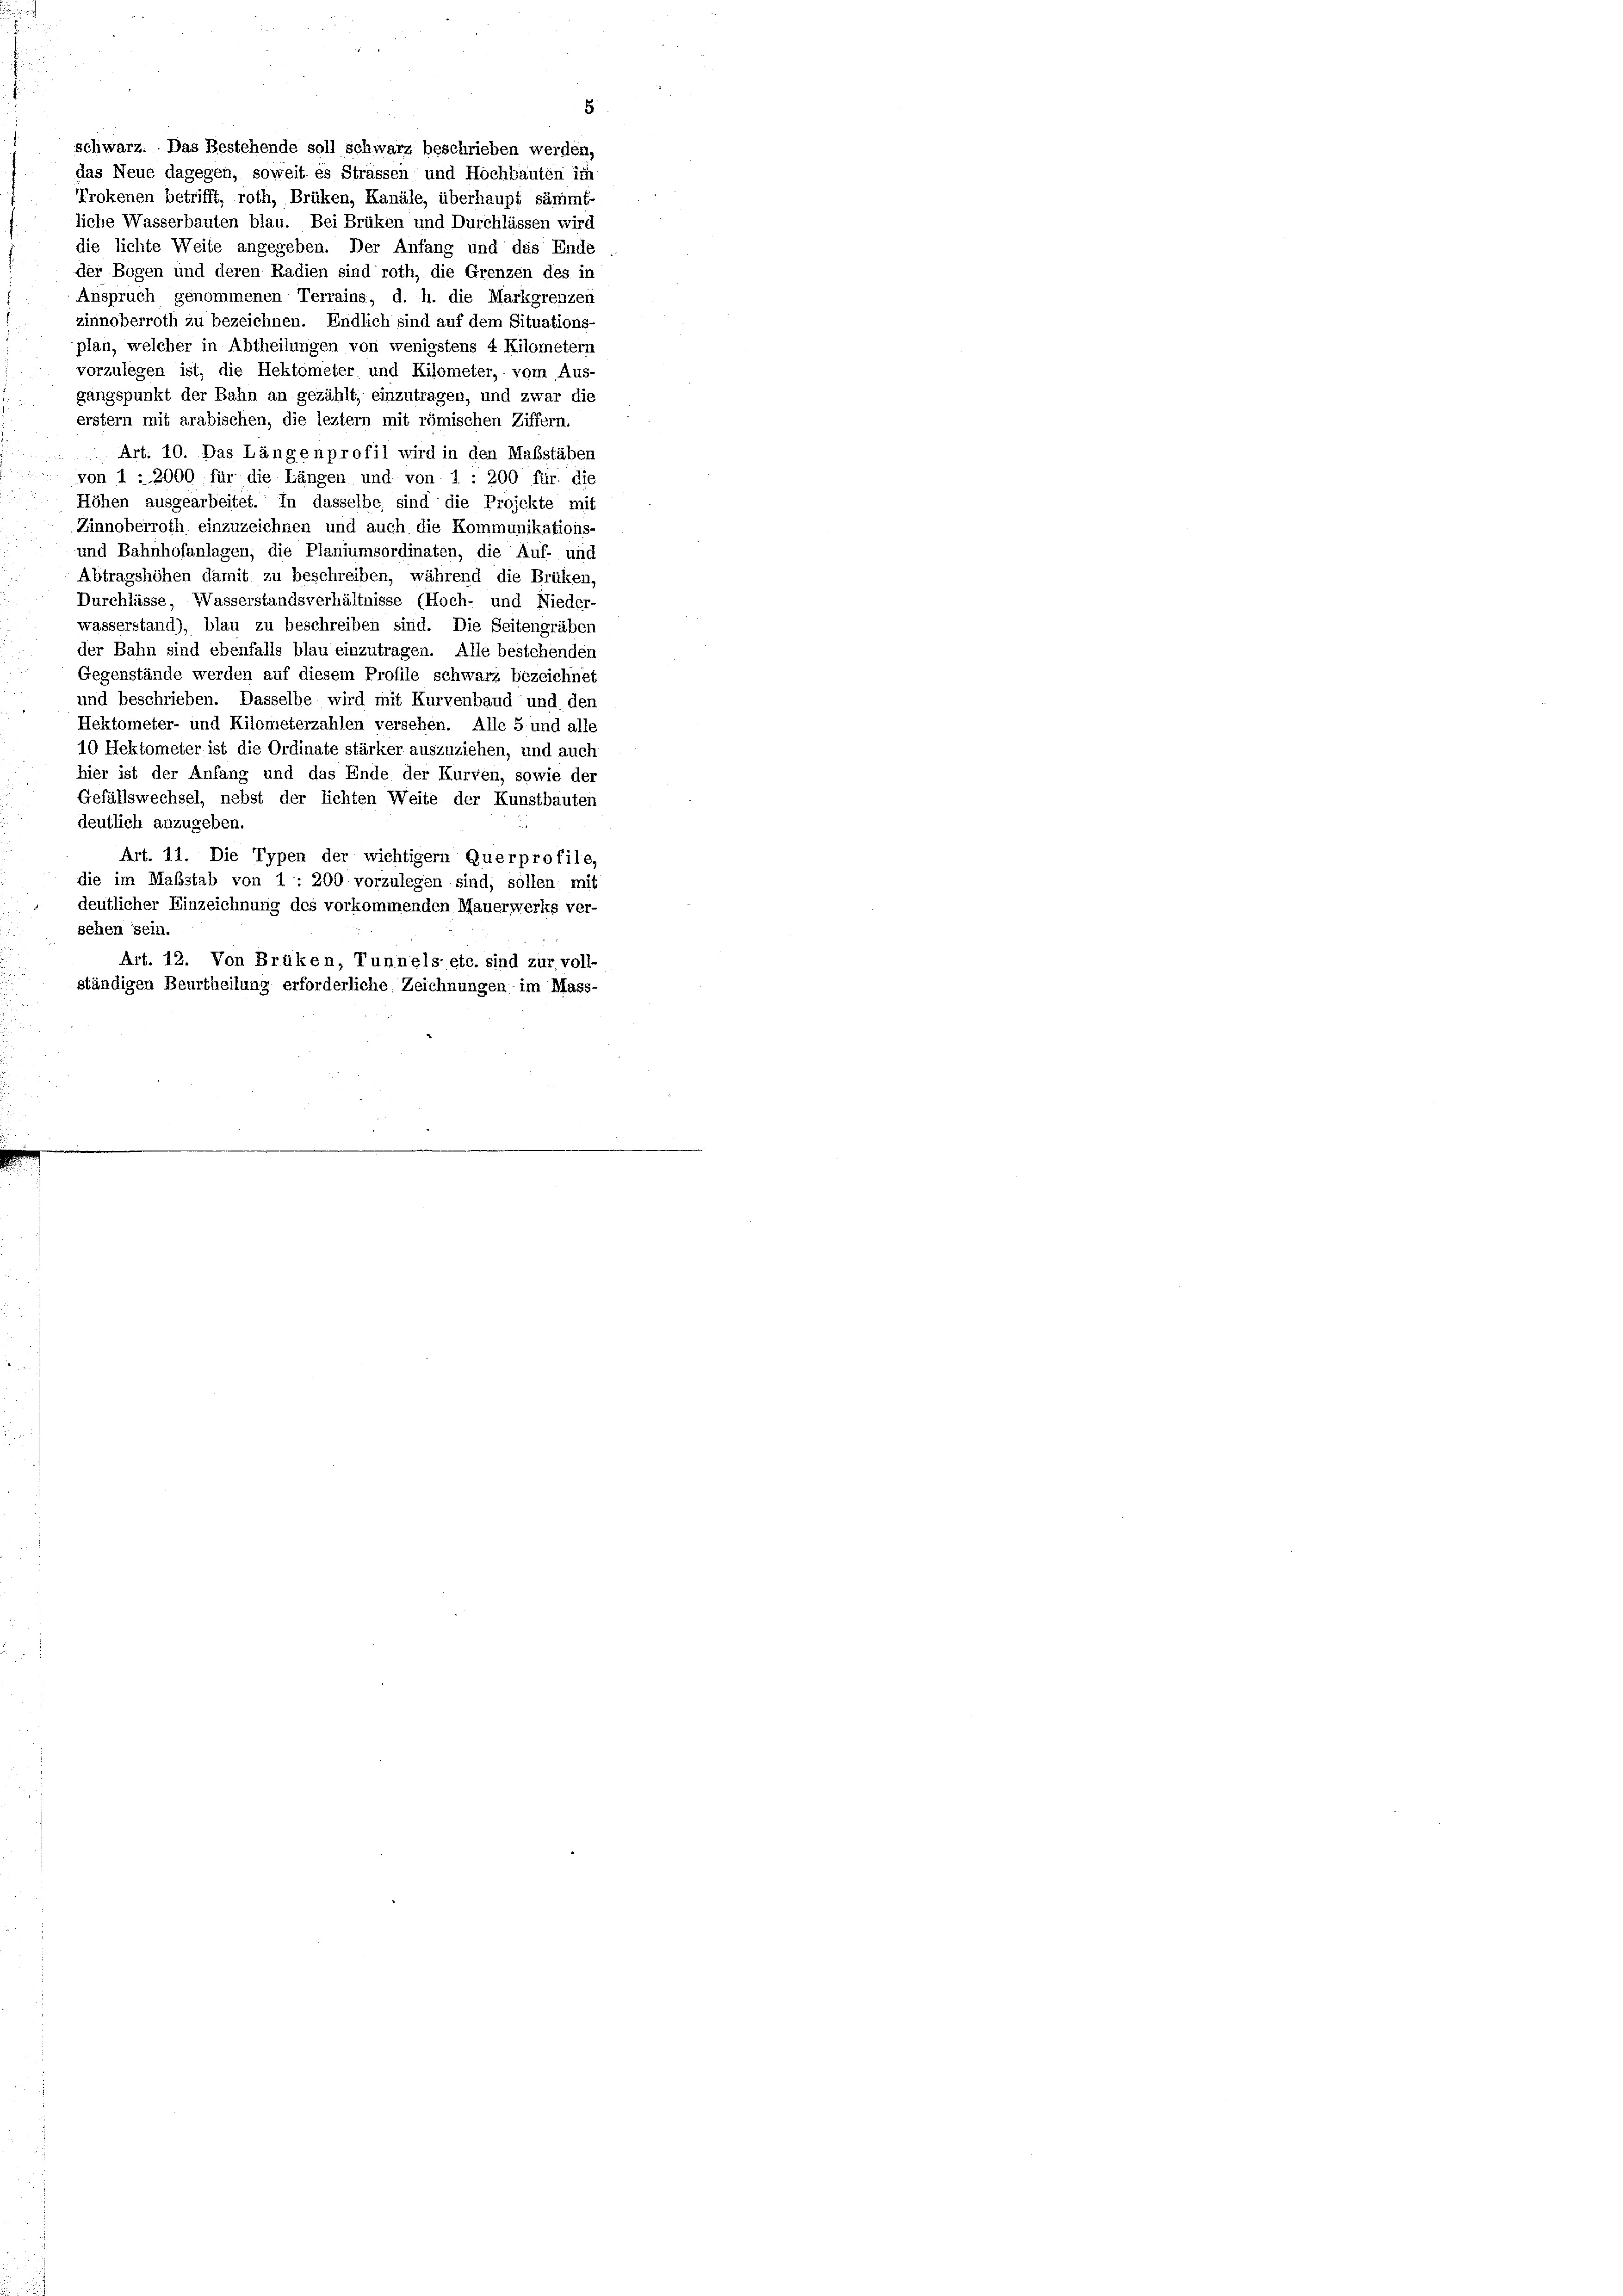
schwarz. Das Bestehende soll schwarz beschrieben werden,
das Neue dagegen, soweit es Strassen und Hochbauten im
Trokenen betrifft, roth, Brüken, Kanäle, überhaupt sämmt-
liche Wasserbauten blau. Bei Brüken und Durchlassen wird
die lichte Weite angegeben. Der Anfang und das Ende
der Bogen und deren Radien sind roth, die Grenzen des in
Anspruch genommenen Terrains, d. h. die Markgrenzen
zinnoberroth zu bezeichnen. Endlich sind auf dem Situations
plan, welcher in Abtheilungen von wenigstens 4 Kilometern
vorzulegen ist, die Hektometer und Kilometer, vom Aus-
gangspunkt der Bahn an gezählt, einzutragen, und zwar die
erstem mit arabischen, die leztem mit römischen Ziffern.
 Art. 10. Das Längenprofil wird in den Maßstäben
 von 1. 2000 für die Längen und von 1 : 200 für die
Höhen ausgearbeitet. In dasselbe sind die Projekte mit
Zinnoherroth einzuzeichnen und auch die Kommunikations-
und Bahnhofanlagen, die Planiumsordinaten, die Auf- und
Abtragshöhen damit zu beschreiben, während die Brüken,
Durchlüsse, Wasserstandsverhältnisse (Hoch- und Nieder-
wasserstand), blau zu beschreiben sind. Die Seitengräben
der Bahn sind ebenfalls blau einzutragen. Alle bestehenden
Gegenstände werden auf diesem Profile schwarz bezeichnet
und beschrieben. Dasselbe wird mit Kurvenband und den
Hektometer- und Kilometerzahlen versehen. Alle 5 und alle
10 Hektometer ist die Ordinate stärker auszuziehen, und auch
hier ist der Anfang und das Ende der Kurven, sowie der
Gefällswechsel, nebst der lichten Weite der Kunstbauten
deutlich anzugeben.
Art. 11. Die Typen der wichtigem Querprofile,
die im Maßstab von 1 : 200 vorzulegen sind, sollen mit
deutlicher Einzeichnung des vorkommenden Mauerwerks ver-
sehen sein.
Art. 12. Von Brüken, Tunnels etc. sind zur voll-
ständigen Beurtheilung erforderliche Zeichnungen im Mass-